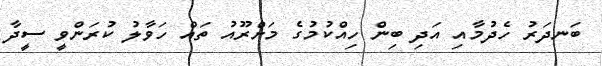
ބަނދަރު ހެދުމާއި އަދި ބިން ހިއްކުމުގެ މަށްރޫއު ތައް ހަވާލު ކުރަންވީ ސީދާ